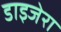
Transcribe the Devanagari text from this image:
डाइजेरा